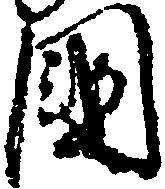
国